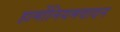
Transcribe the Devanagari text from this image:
हार्मोनियमवादन